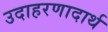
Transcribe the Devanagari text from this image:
उदाहरणादार्थ